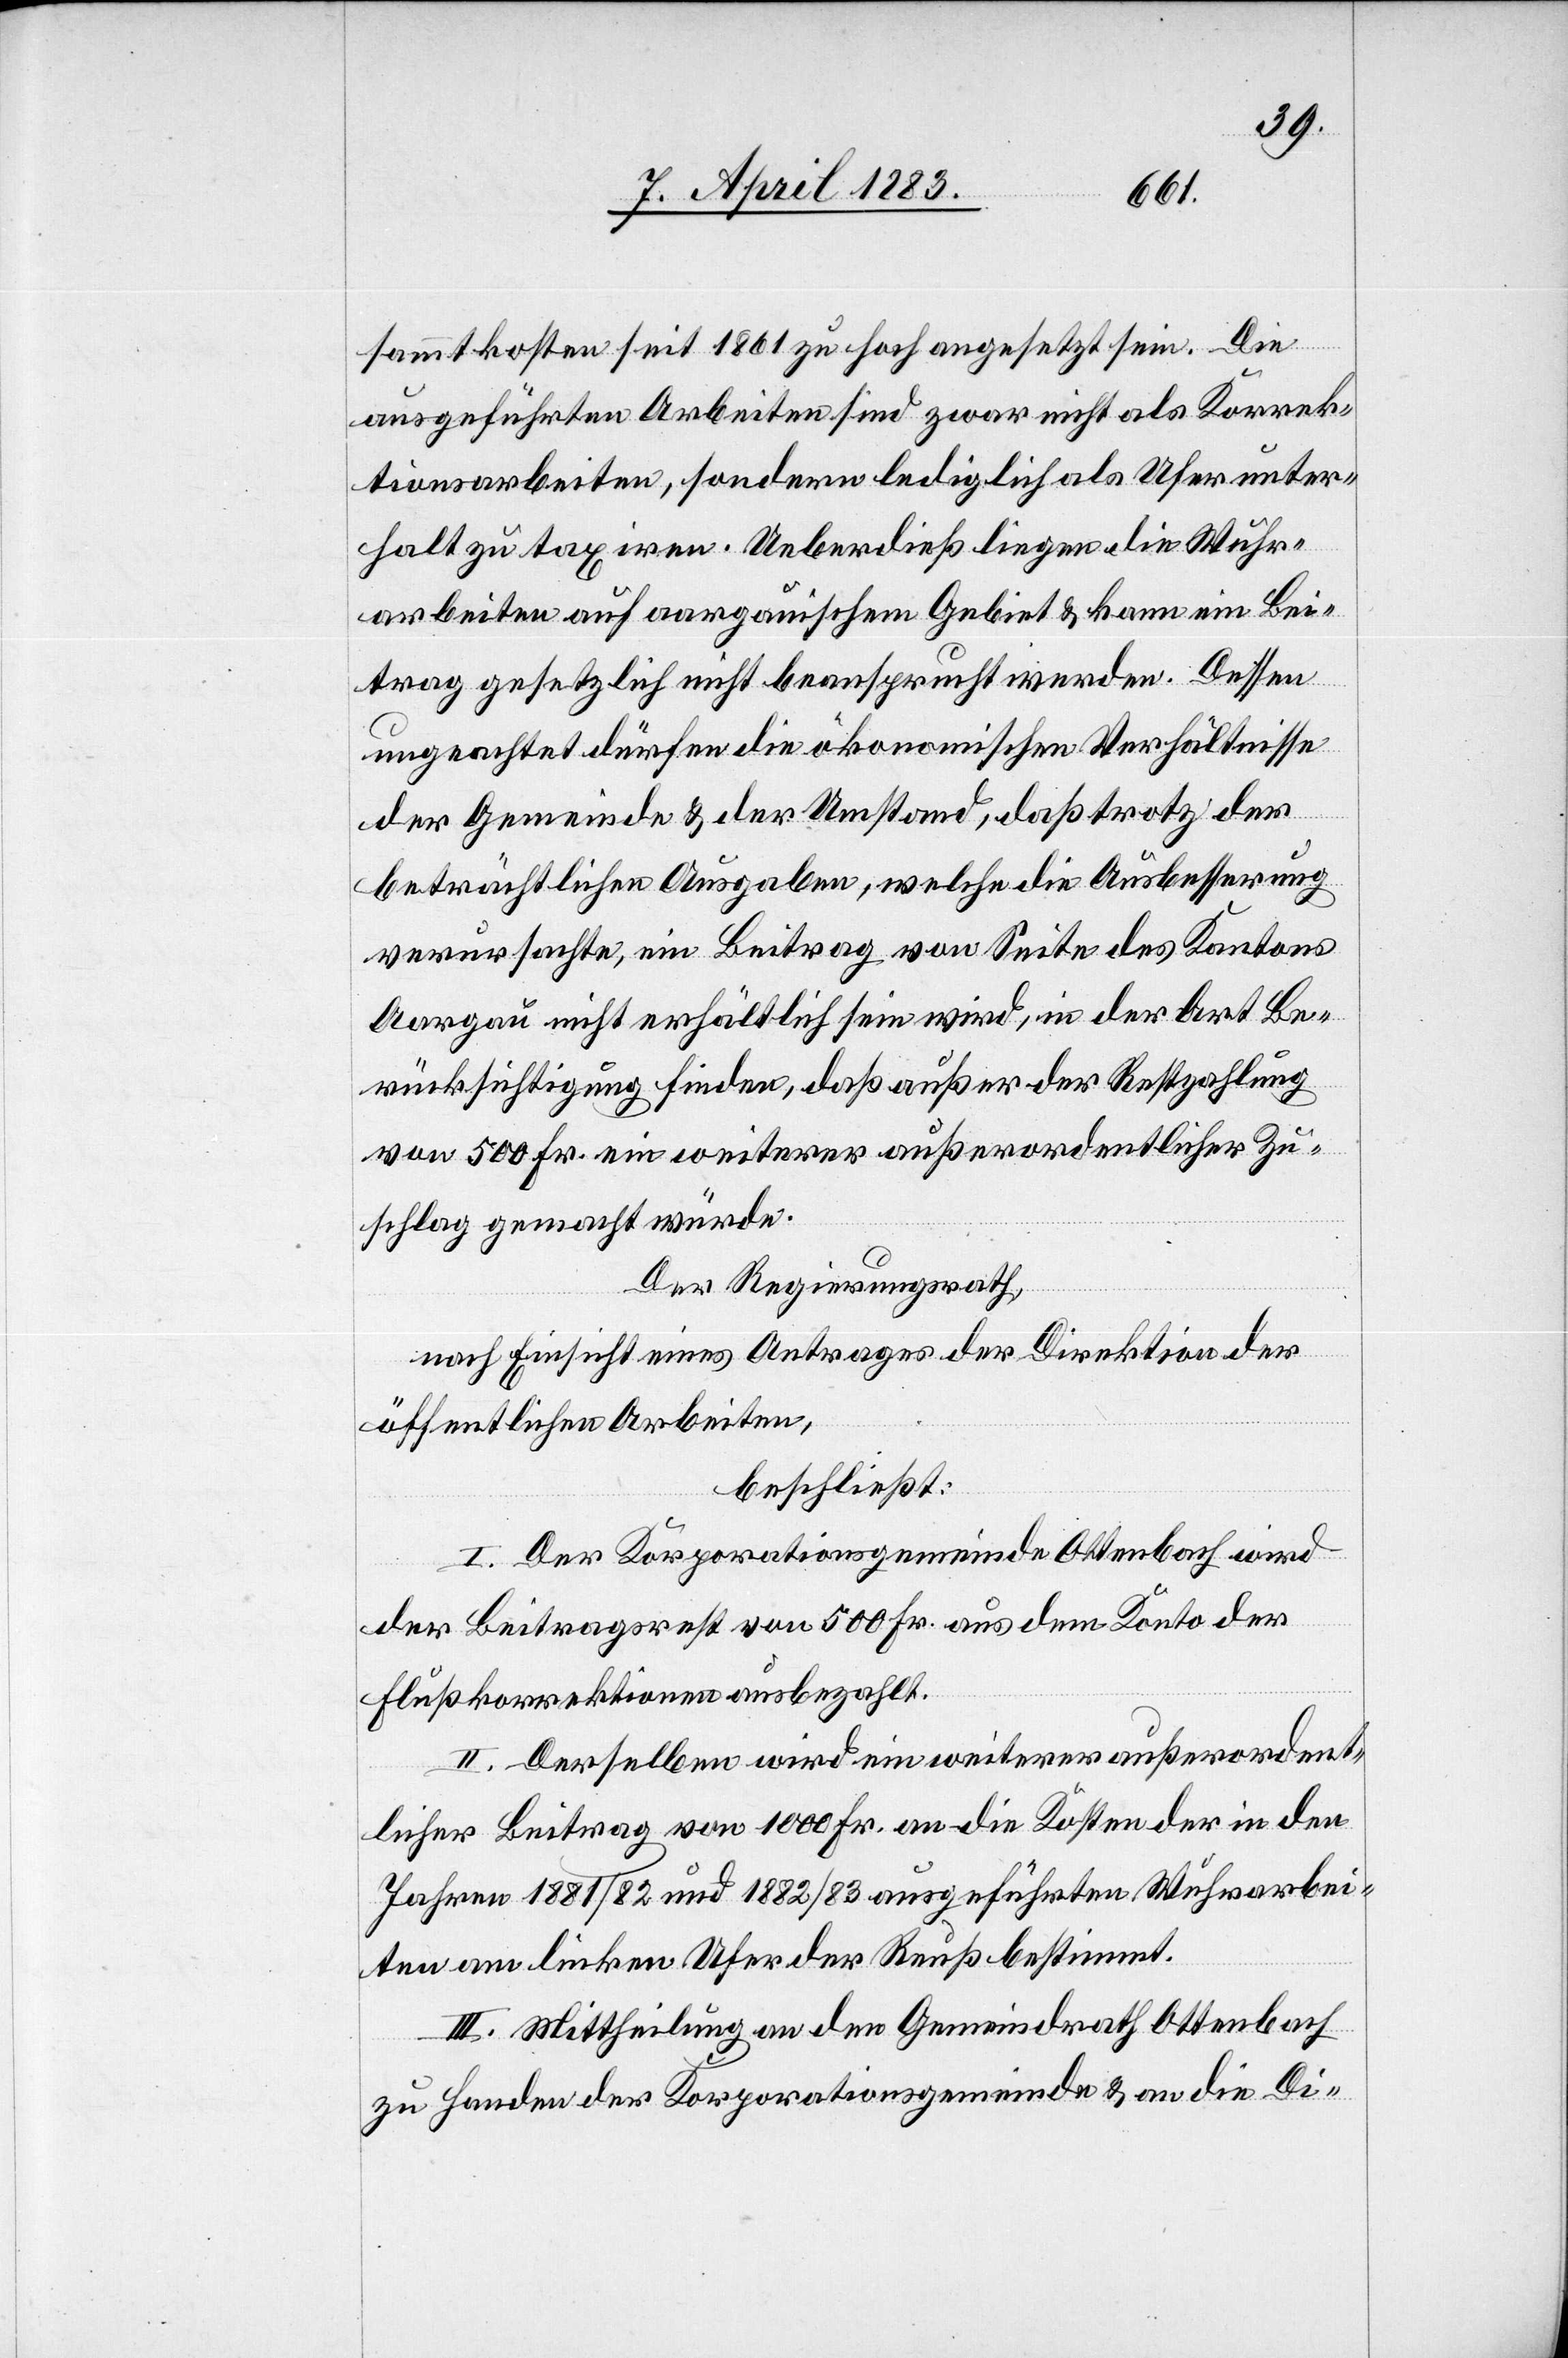
sammtkosten seit 1861 zu hoch angesetzt sein. Die
ausgeführten Arbeiten sind zwar nicht als Korrek¬
tionsarbeiten, sondern lediglich als Uferunter¬
halt zu taxiren. Ueberdieß liegen die Wuhr¬
arbeiten auf aargauischem Gebiet & kann ein Bei¬
trag gesetzlich nicht beansprucht werden. Dessen
ungeachtet dürfen die ökonomischen Verhältnisse
der Gemeinde & der Umstand, daß trotz der
beträchtlichen Ausgaben, welche die Ausbesserung
verursachte, ein Beitrag von Seite des Kantons
Aargau nicht erhältlich sein wird, in der Art Be¬
rücksichtigung finden, daß außer der Restzahlung
von 500 Fr. ein weiterer außerordentlicher Zu¬
schlag gemacht würde.
Der Regierungsrath,
nach Einsicht eines Antrages der Direktion der
öffentlichen Arbeiten,
beschließt:
I. Der Korporationsgemeinde Ottenbach wird
der Beitragsrest von 500 Fr. aus dem Konto der
Flußkorrektionen ausbezahlt.
II. Derselben wird ein weiterer außerordent¬
licher Beitrag von 1000 Fr. an die Kosten der in den
Jahren 1881/82 und 1882/83 ausgeführten Wuhrarbei¬
ten am linken Ufer der Reuß bestimmt.
III. Mittheilung an den Gemeindrath Ottenbach
zu Handen der Korporationsgemeinde & an die Di-